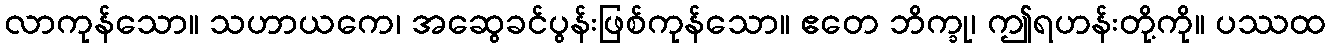
လာကုန်သော။ သဟာယကေ၊ အဆွေခင်ပွန်းဖြစ်ကုန်သော။ ဧတေ ဘိက္ခု၊ ဤရဟန်းတို့ကို။ ပဿထ